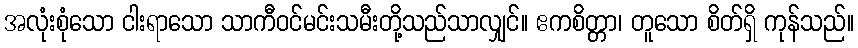
အလုံးစုံသော ငါးရာသော သာကီဝင်မင်းသမီးတို့သည်သာလျှင်။ ဧကစိတ္တာ၊ တူသော စိတ်ရှိ ကုန်သည်။